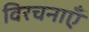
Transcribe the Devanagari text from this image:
विरचनाएँ